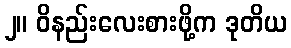
၂။ ဝိနည်းလေးစားဖို့က ဒုတိယ